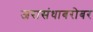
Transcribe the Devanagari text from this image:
जरासंधाबरोबर